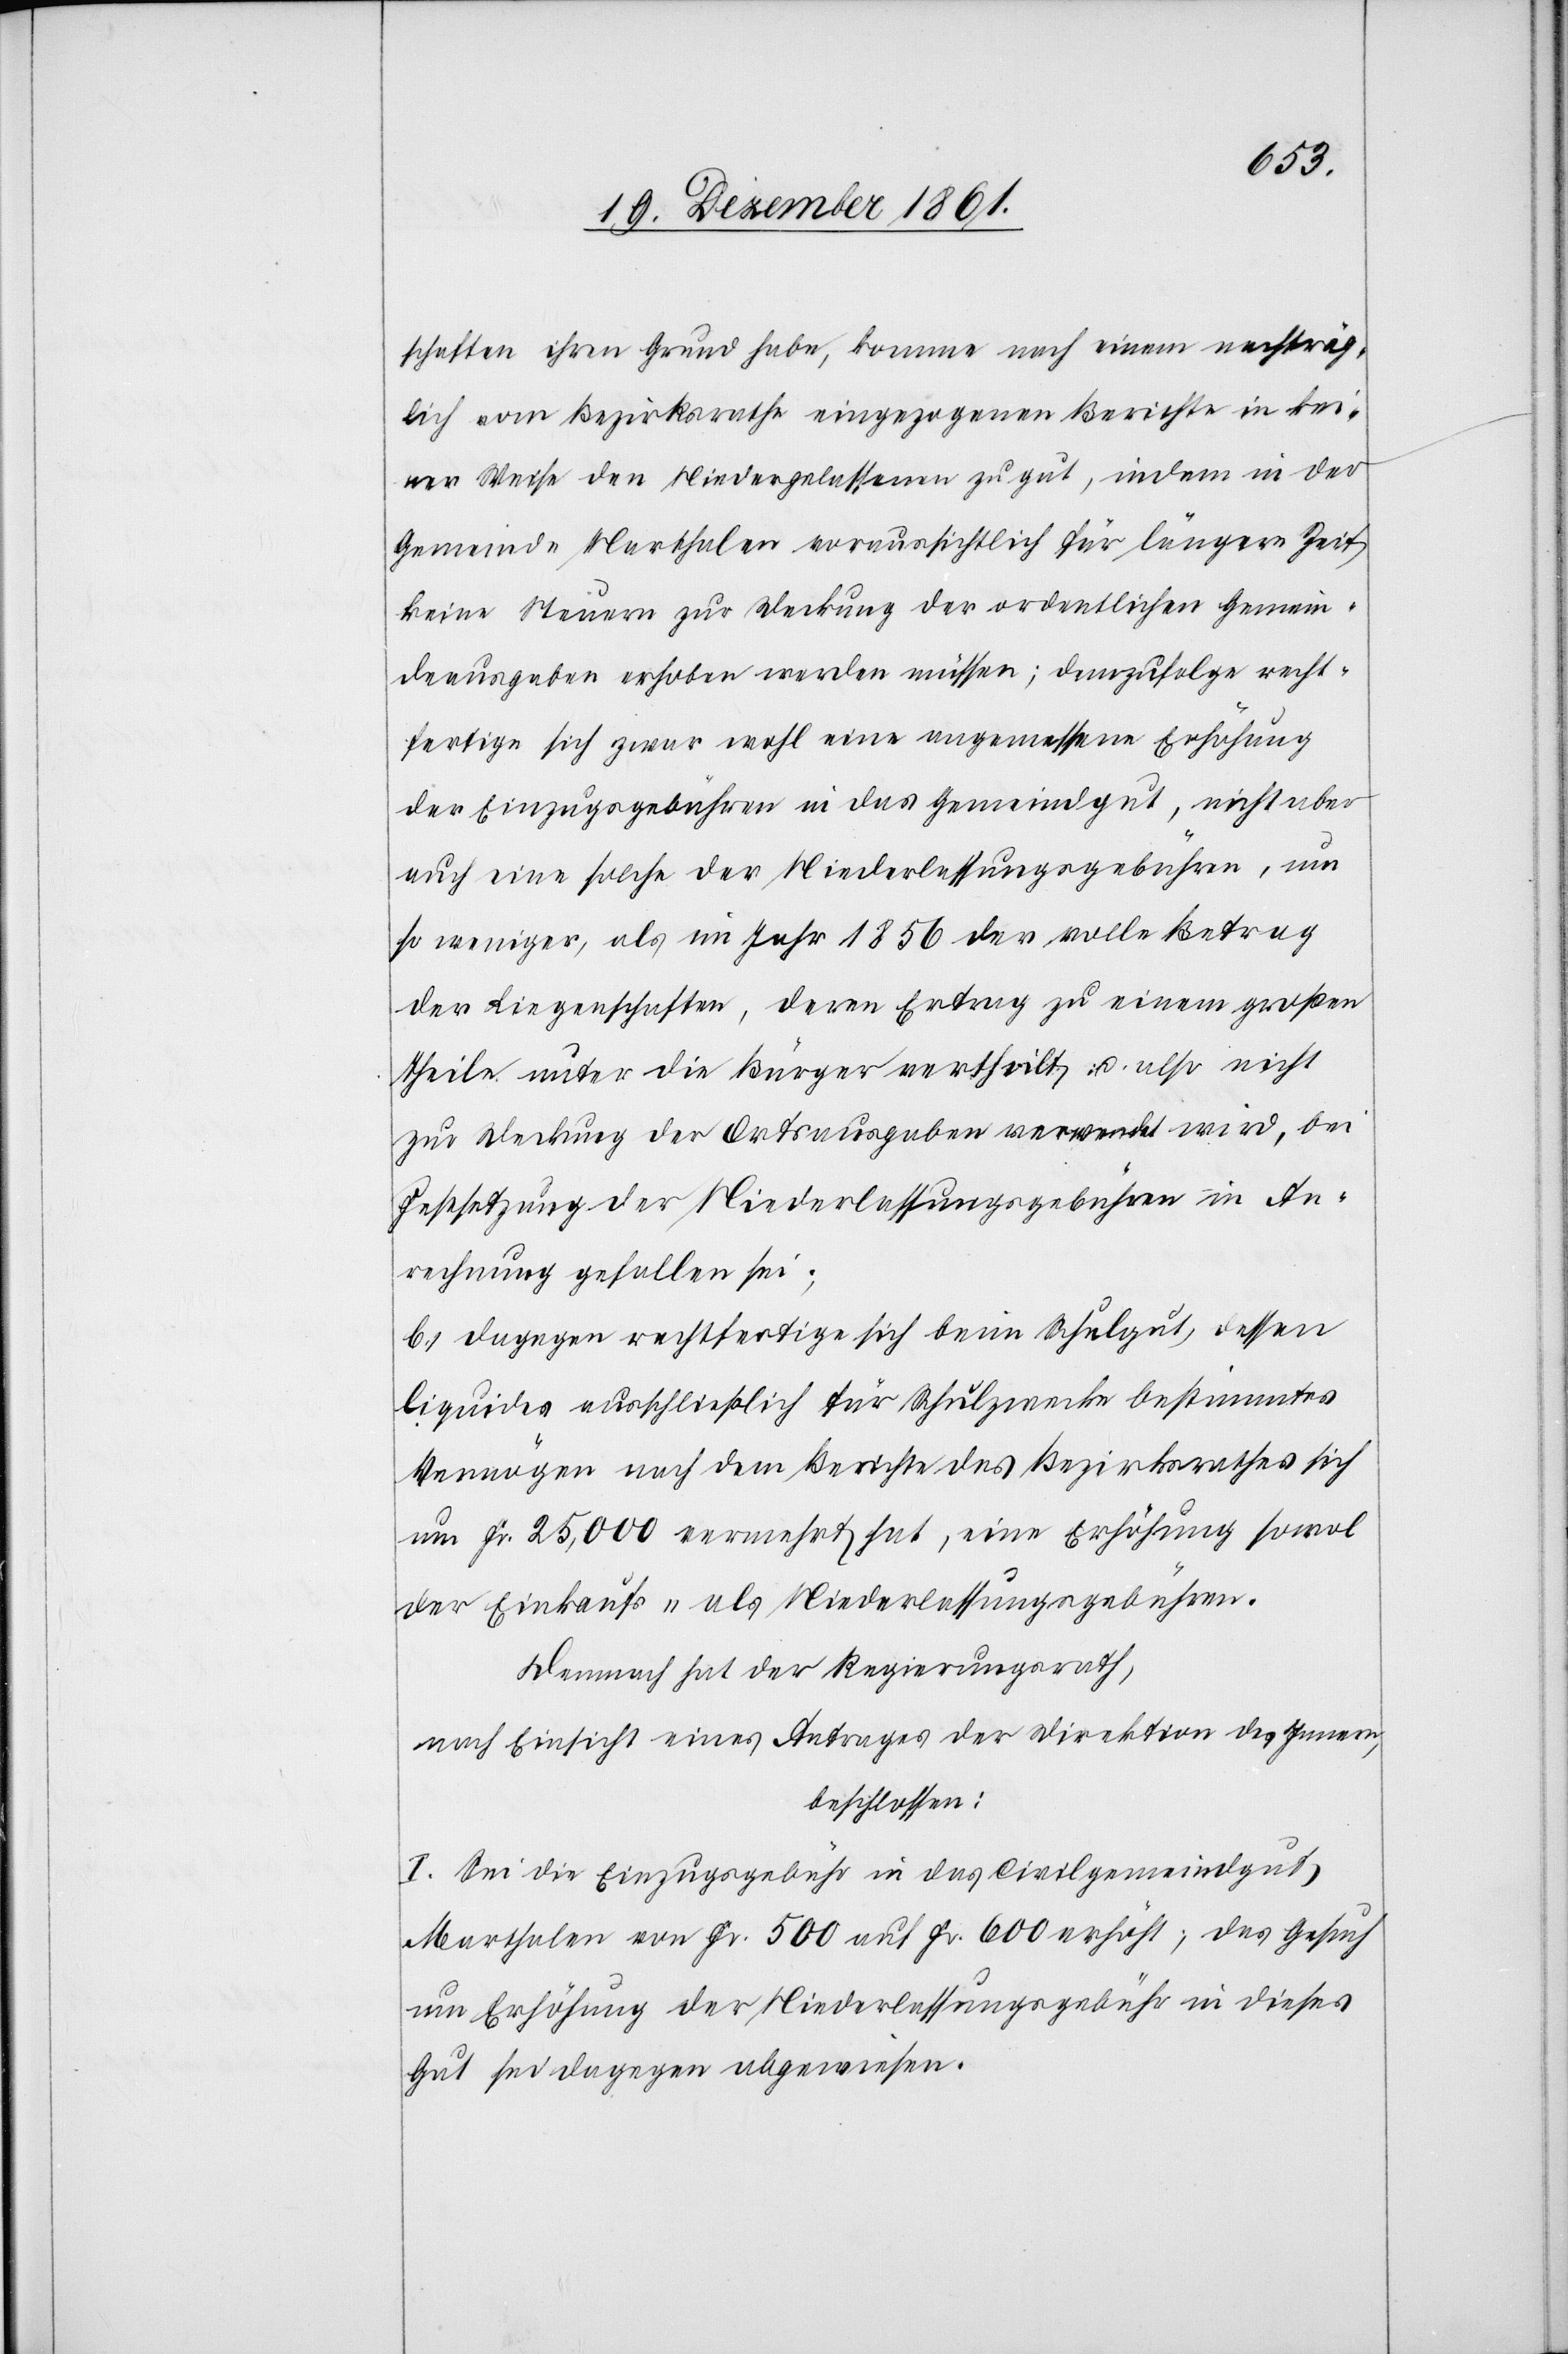
schaften ihren Grund habe, komme nach einem nachträg¬
lich vom Bezirksrathe eingezogenen Berichte in kei¬
ner Weise den Niedergelassenen zu gut, indem in der
Gemeinde Marthalen voraussichtlich für längere Zeit
keine Steuern zur Deckung der ordentlichen Gemein¬
deausgaben erhoben werden müssen; demzufolge recht¬
fertige sich zwar wohl eine angemessene Erhöhung
der Einzugsgebühren in das Gemeindgut, nicht aber
auch eine solche der Niederlassungsgebühren, um
so weniger, als im Jahr 1856 der volle Betrag
der Liegenschaften, deren Ertrag zu einem großen
Theile unter die Bürger vertheilt u. also nicht
zur Deckung der Ortsausgaben verwendet wird, bei
Festsetzung der Niederlassungsgebühren in An¬
rechnung gefallen sei;
b.) dagegen rechtfertige sich beim Schulgut, dessen
liquides ausschließlich für Schulzwecke bestimmtes
Vermögen nach dem Berichte des Bezirksrathes sich
um Fr. 25,000 vermehrt hat, eine Erhöhung sowol
der Einkaufs- als Niederlassungsgebühren.
Demnach hat der Regierungsrath,
nach Einsicht eines Antrages der Direktion des Innern,
beschlossen:
I. Sei die Einzugsgebühr in das Civilgemeindgut
Marthalen von Fr. 500 auf Fr. 600 erhöht, das Gesuch
um Erhöhung der Niederlassungsgebühr in dieses
Gut sei dagegen abgewiesen.